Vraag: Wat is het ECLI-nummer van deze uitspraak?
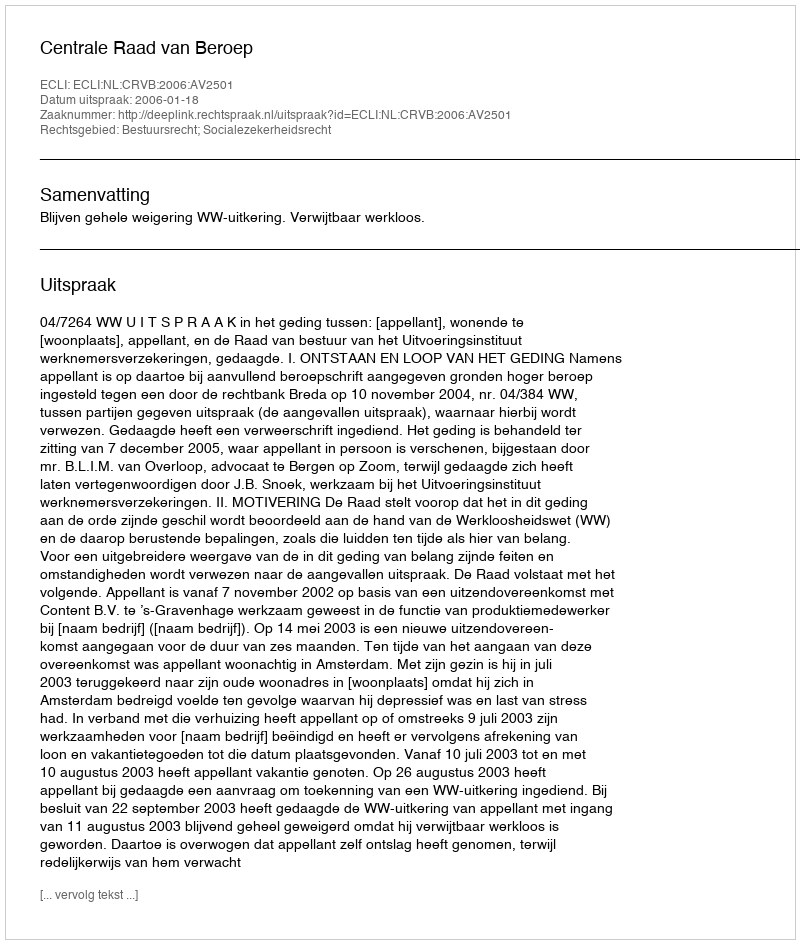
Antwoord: ECLI:NL:CRVB:2006:AV2501